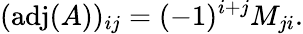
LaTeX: (\operatorname{adj}(A))_{ij}=(-1)^{i+j}M_{ji}.